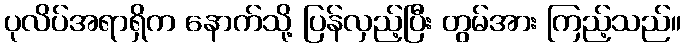
ပုလိပ်အရာရှိက နောက်သို့ ပြန်လှည့်ပြီး တွမ်အား ကြည့်သည်။